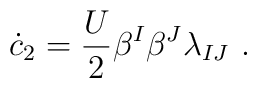
\dot c_2 = \frac{U}2 \beta^I\beta^J \lambda_{IJ}~.